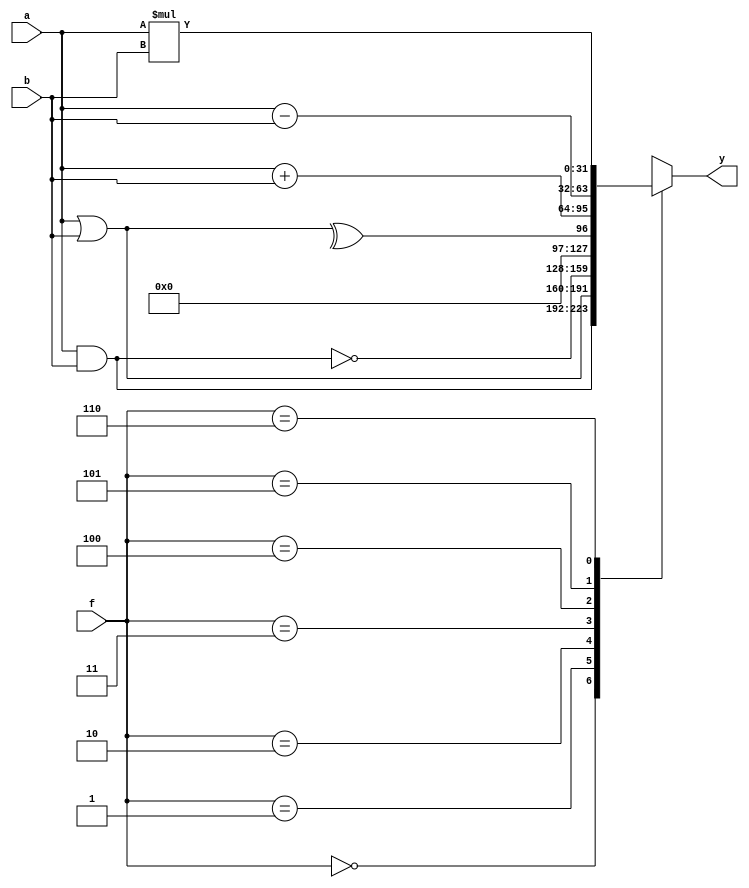
module alu(a,b,f,y);
  input [31:0]a;
  input [31:0]b;
  input [2:0]f;
  output reg [31:0]y;
  always @(*)
    begin
      case(f)
        3'b000:y = a&b;
        3'b001:y = a|b;
        3'b010:y = ~(a&b);
        3'b011:y = ^(a|b);
        3'b100:y = a+b;
        3'b101:y = a-b;
        3'b110:y = a*b;
        default:y = 32'bx;
      endcase
    end
endmodule